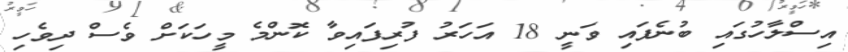
އިސްލާހުގައި ބުނެފައި ވަނީ 18 އަހަރު ފުރިފައިވާ ކޮންމެ މީހަކަށް ވެސް ދިވެހި